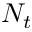
N _ { t }